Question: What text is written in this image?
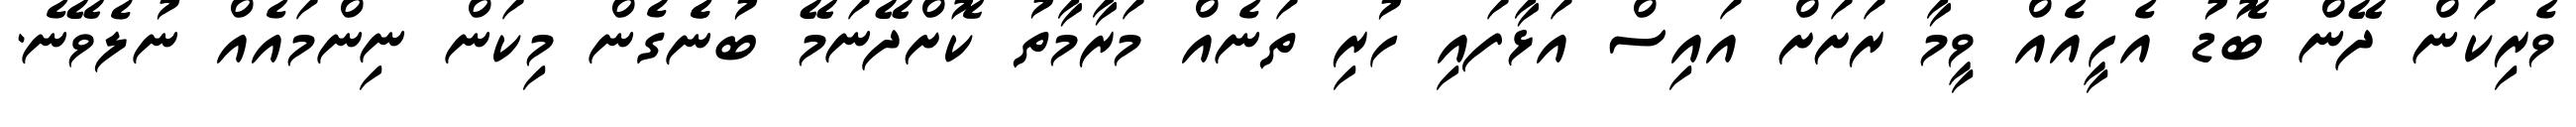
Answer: ވެރިކަން ދޭން ބޮޑު އެހީއެއް ވީމާ ރަށަށް އައިސް އަޅާފައި ހުރި ތަނެއް މަރާމާތު ކޮށްދޭނަމޭ ބުނެެގެން މިކަން ނިންމައެއް ނުލެވޭނެ.